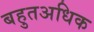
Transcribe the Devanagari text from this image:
बहुतअधिक